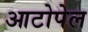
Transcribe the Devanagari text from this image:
आटोपेल